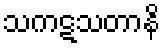
သကဋသတာနိ